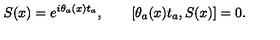
S ( x ) = e ^ { i \theta _ { a } ( x ) t _ { a } } , \qquad [ \theta _ { a } ( x ) t _ { a } , S ( x ) ] = 0 .